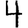
Digit: 4